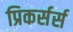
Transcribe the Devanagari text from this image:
प्रिकर्सर्स